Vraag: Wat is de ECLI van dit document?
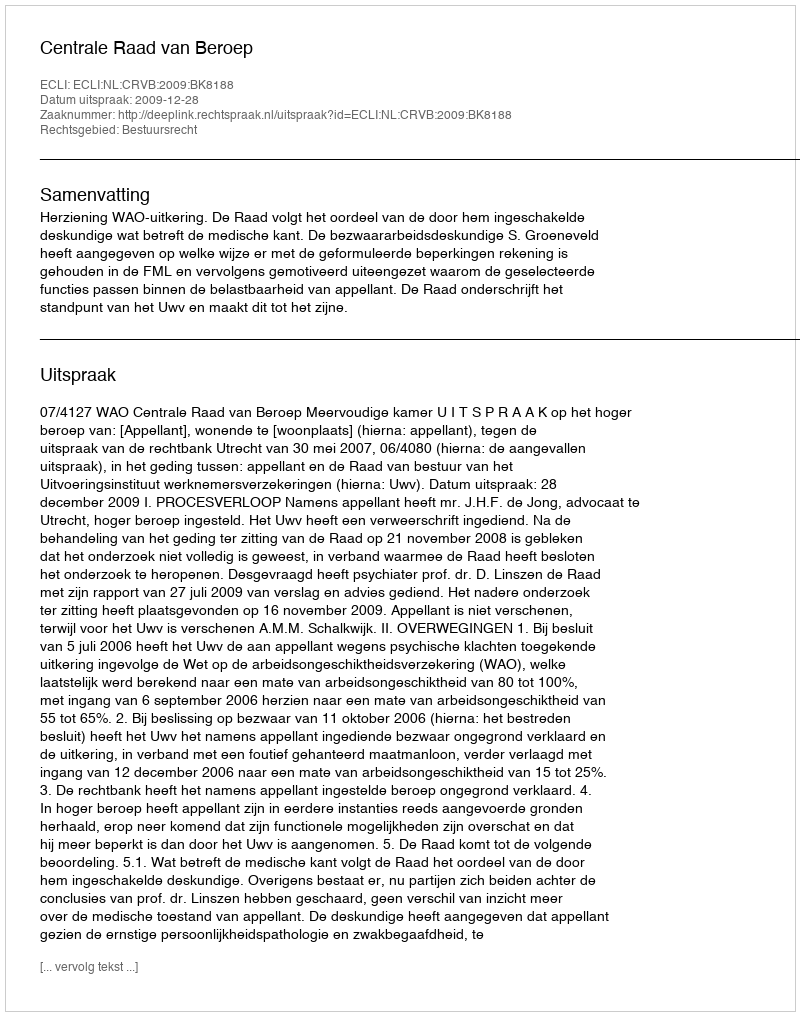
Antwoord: ECLI:NL:CRVB:2009:BK8188